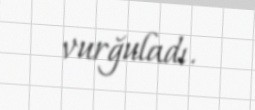
vurğuladı.